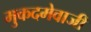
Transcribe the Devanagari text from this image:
मुकदमेवाजी